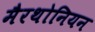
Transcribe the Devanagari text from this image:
मैरथोनियन